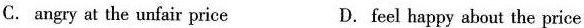
C. angry at the unfair price D.feel happy about the price